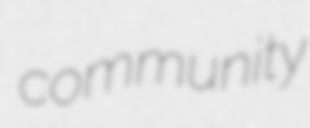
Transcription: community